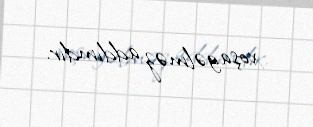
xoşagəlməz addımdır.